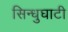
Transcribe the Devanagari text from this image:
सिन्‍धुघाटी